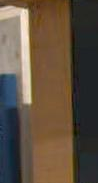
1